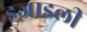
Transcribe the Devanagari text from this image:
इज़्राइली